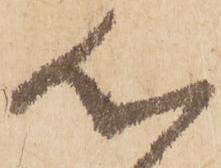
心